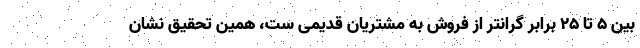
بین ۵ تا ۲۵ برابر گرانتر از فروش به مشتریان قدیمی ست، همین تحقیق نشان